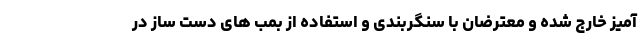
آمیز خارج شده و معترضان با سنگربندی و استفاده از بمب های دست ساز در